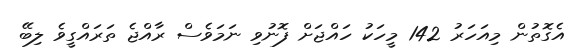
އެގޮތުން މިއަހަރު 142 މީހަކު ހައްޖަށް ފޮނުވި ނަމަވެސް ރާއްޖެ ތަަރައްގީވެ ލިބޭ